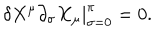
LaTeX: \left. \delta X ^ { \mu } \partial _ { \sigma } X _ { \mu } \right| _ { \sigma = 0 } ^ { \pi } = 0 .